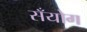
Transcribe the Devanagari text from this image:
सँयोग